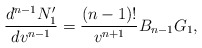
\begin{align*} \frac{d^{n-1}N_1'}{dv^{n-1}}=\frac{(n-1)!}{v^{n+1}}B_{n-1}G_1,\end{align*}